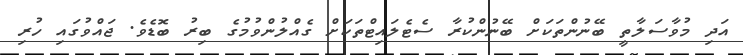
އަދި މުވާސަލާތީ ބޭނުންތަކަށް ބޭނުންކުރާ ސެޓެލައިޓްތަކަށް ގެއްލުންވުމުގެ ބިރު ބޮޑެވެ. ޖައްވުގައި ހުރި